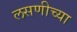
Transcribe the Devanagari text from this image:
लसणीच्या